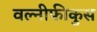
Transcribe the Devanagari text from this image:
वल्नीफीकुस